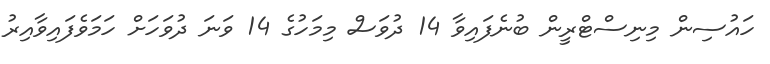
ހައުސިން މިނިސްޓްރީން ބުނެފައިވާ 14 ދުވަސް މިމަހުގެ 14 ވަނަ ދުވަހަށް ހަމަވެފައިވާއިރު